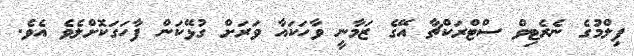
ފިލްމުގެ ނެރެޓިވް ސްޓްރަކްޗާ އޭގެ ޒަމާނީ ވާހަކައާ ވަރަށް ގުޅޭކަން ފާހަގަކޮށްލެވެ އެވެ.